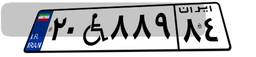
۲۰W۸۸۹۸۴